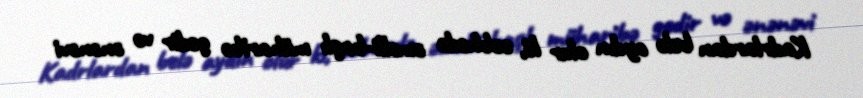
Kadrlardan belə aydın olur ki, cəbhədə əməlli-başlı müharibə gedir və ənənəvi